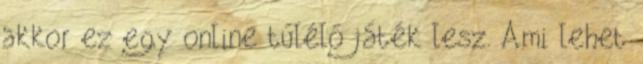
akkor ez egy online túlélő játék lesz. Ami lehet